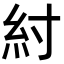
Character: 紂